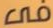
فى